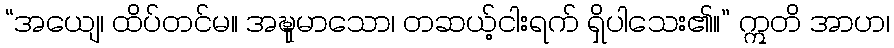
“အယျေ၊ ထိပ်တင်မ။ အဍ္ဎုမာသော၊ တဆယ့်ငါးရက် ရှိပါသေး၏။” ဣတိ အာဟ၊